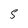
Character: 5